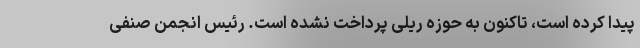
پیدا کرده است، تاکنون به حوزه ریلی پرداخت نشده است. رئیس انجمن صنفی